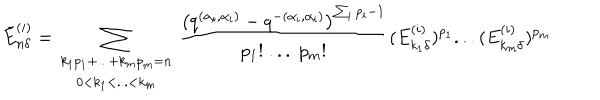
LaTeX: \tilde { E } _ { n \delta } ^ { ( i ) } = \sum _ { \begin{array} { c } { { k _ { 1 } p _ { 1 } + . . . + k _ { m } p _ { m } = n } } \\ { { 0 < k _ { 1 } < . . . < k _ { m } } } \\ \end{array} } \frac { \left( q ^ { ( \alpha _ { i } , \alpha _ { i } ) } - q ^ { - ( \alpha _ { i } , \alpha _ { i } ) } \right) ^ { \sum _ { i } p _ { i } - 1 } } { p _ { 1 } ! \; . . . \; p _ { m } ! } ( E _ { k _ { 1 } \delta } ^ { ( i ) } ) ^ { p _ { 1 } } . . . ( E _ { k _ { m } \delta } ^ { ( i ) } ) ^ { p _ { m } }